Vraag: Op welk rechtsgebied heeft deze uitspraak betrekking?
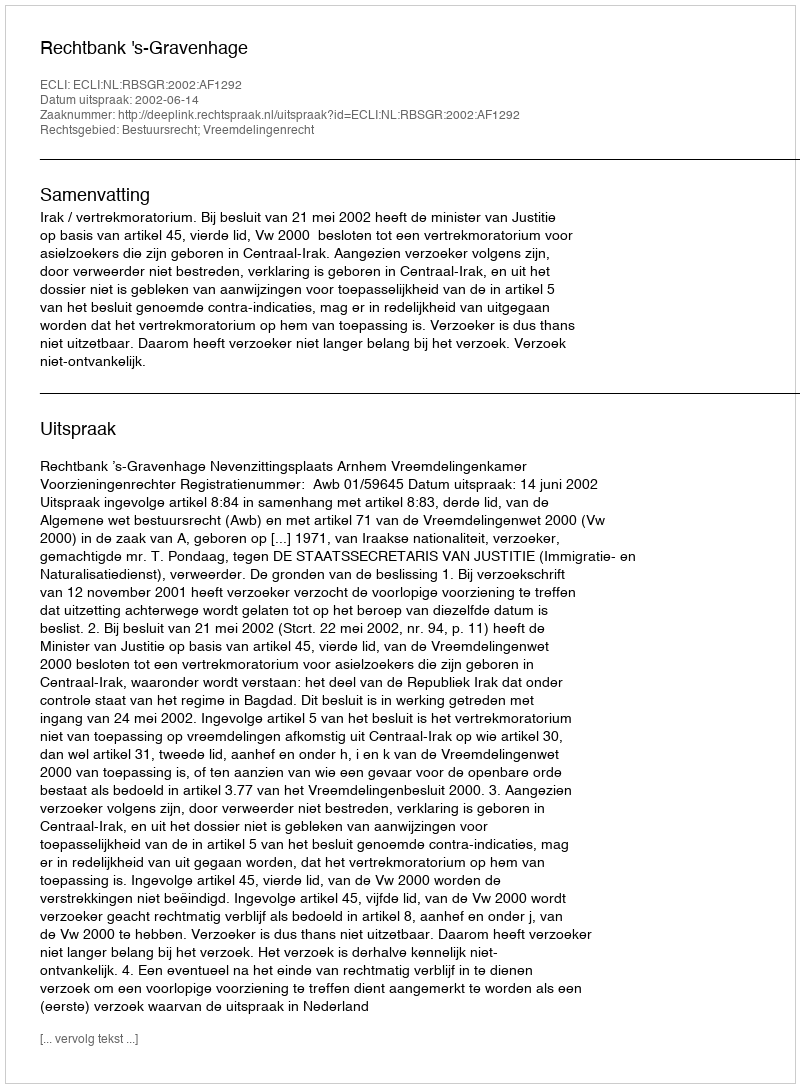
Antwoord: Bestuursrecht; Vreemdelingenrecht